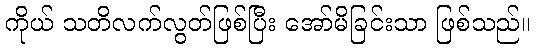
ကိုယ် သတိလက်လွတ်ဖြစ်ပြီး အော်မိခြင်းသာ ဖြစ်သည်။